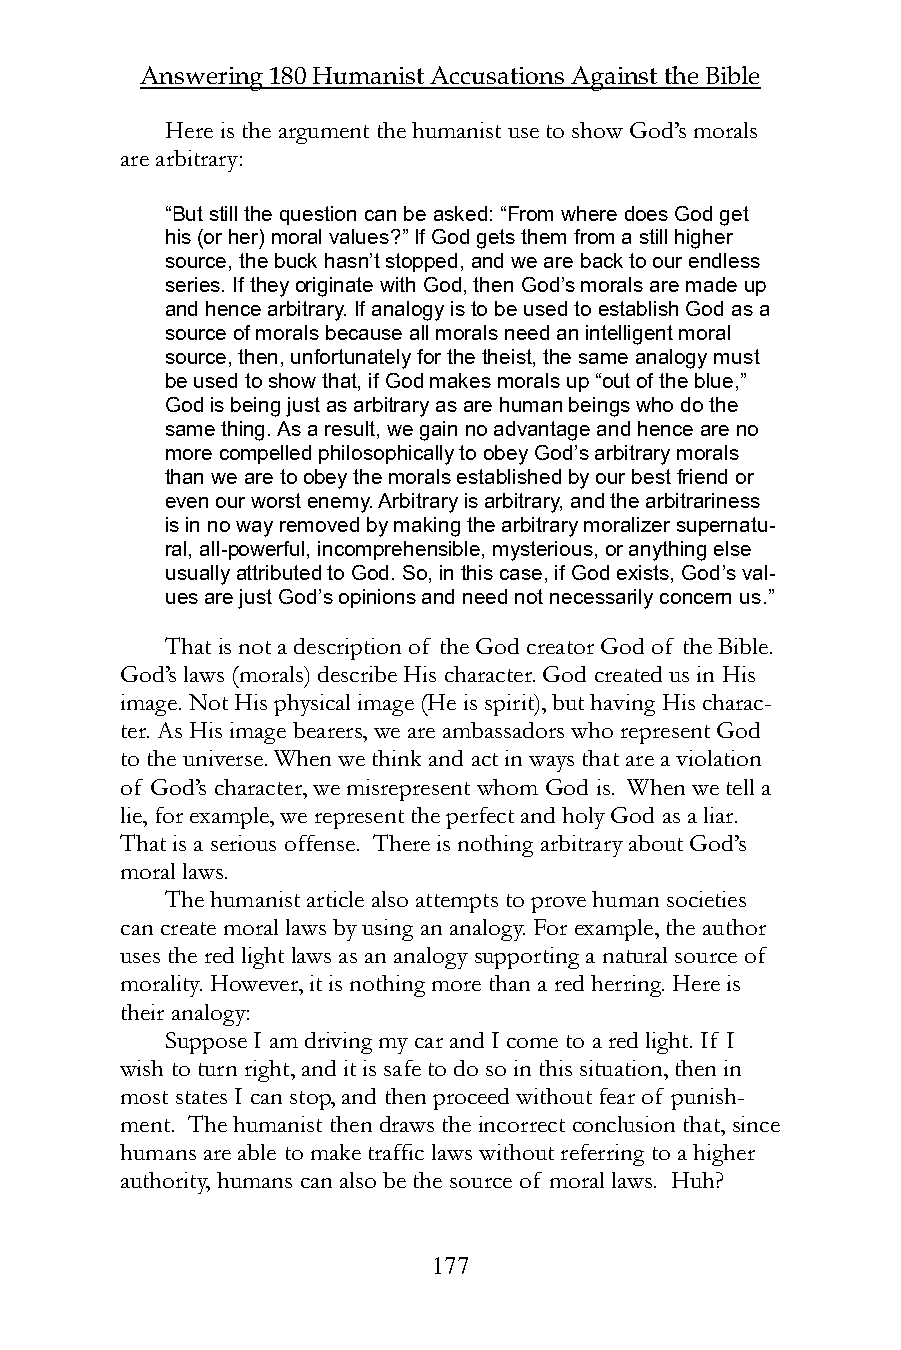
Answering 180 Humanist Accusations Against the Bible
 Here is the argument the humanist use to show God’s morals
 are arbitrary:
 “But still the question can be asked: “From where does God get
 his (or her) moral values?” If God gets them from a still higher
 source, the buck hasn’t stopped, and we are back to our endless
 series. If they originate with God, then God’s morals are made up
 and hence arbitrary. If analogy is to be used to establish God as a
 source of morals because all morals need an intelligent moral
 source, then, unfortunately for the theist, the same analogy must
 be used to show that, if God makes morals up “out of the blue,”
 God is being just as arbitrary as are human beings who do the
 same thing. As a result, we gain no advantage and hence are no
 more compelled philosophically to obey God’s arbitrary morals
 than we are to obey the morals established by our best friend or
 even our worst enemy. Arbitrary is arbitrary, and the arbitrariness
 is in no way removed by making the arbitrary moralizer supernatu-
 ral, all-powerful, incomprehensible, mysterious, or anything else
 usually attributed to God. So, in this case, if God exists, God’s val-
 ues are just God’s opinions and need not necessarily concern us.”
 That is not a description of the God creator God of the Bible.
 God’s laws (morals) describe His character. God created us in His
 image. Not His physical image (He is spirit), but having His charac-
 ter. As His image bearers, we are ambassadors who represent God
 to the universe. When we think and act in ways that are a violation
 of God’s character, we misrepresent whom God is. When we tell a
 lie, for example, we represent the perfect and holy God as a liar.
 That is a serious offense. There is nothing arbitrary about God’s
 moral laws.
 The humanist article also attempts to prove human societies
 can create moral laws by using an analogy. For example, the author
 uses the red light laws as an analogy supporting a natural source of
 morality. However, it is nothing more than a red herring. Here is
 their analogy:
 Suppose I am driving my car and I come to a red light. If I
 wish to turn right, and it is safe to do so in this situation, then in
 most states I can stop, and then proceed without fear of punish-
 ment. The humanist then draws the incorrect conclusion that, since
 humans are able to make traffic laws without referring to a higher
 authority, humans can also be the source of moral laws. Huh?
 177